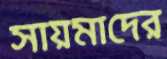
সায়মাদের